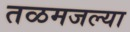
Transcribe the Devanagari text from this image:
तळमजल्या